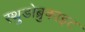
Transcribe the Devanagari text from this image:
स्थुडोब्रुकाइट